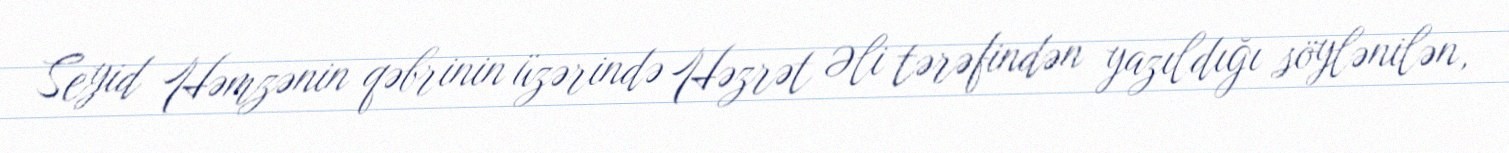
Seyid Həmzənin qəbrinin üzərində Həzrət Əli tərəfindən yazıldığı söylənilən,